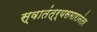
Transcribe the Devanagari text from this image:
स्वातंत्र्यसमारानंतर